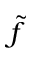
\tilde { f }